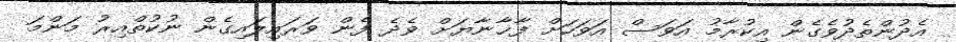
އެދުންތެދުވެގެން އިކުރާމު އަވަސް އަވަހަށް ފާޚާނާޔަށް ވެދެ ފެން ވަރައިލައިގެން ނުކުތްއިރު މަންމަ